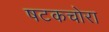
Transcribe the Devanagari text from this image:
षटकचोरा